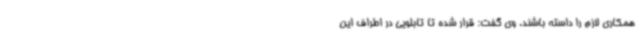
همکاری لازم را داسته باشند. وی گفت: قرار شده تا تابلویی در اطراف این